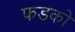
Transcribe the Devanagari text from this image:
फडको